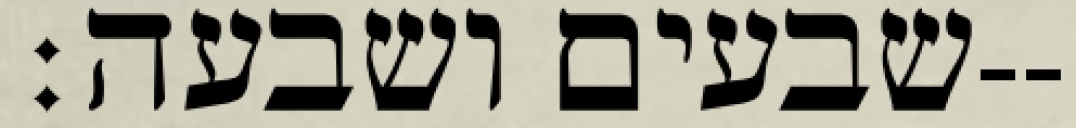
שבעים ושבעה׃--